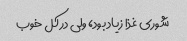
شوری غذا زیاد بود، ولی در کل خوب